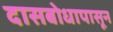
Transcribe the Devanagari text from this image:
दासबोधापासून